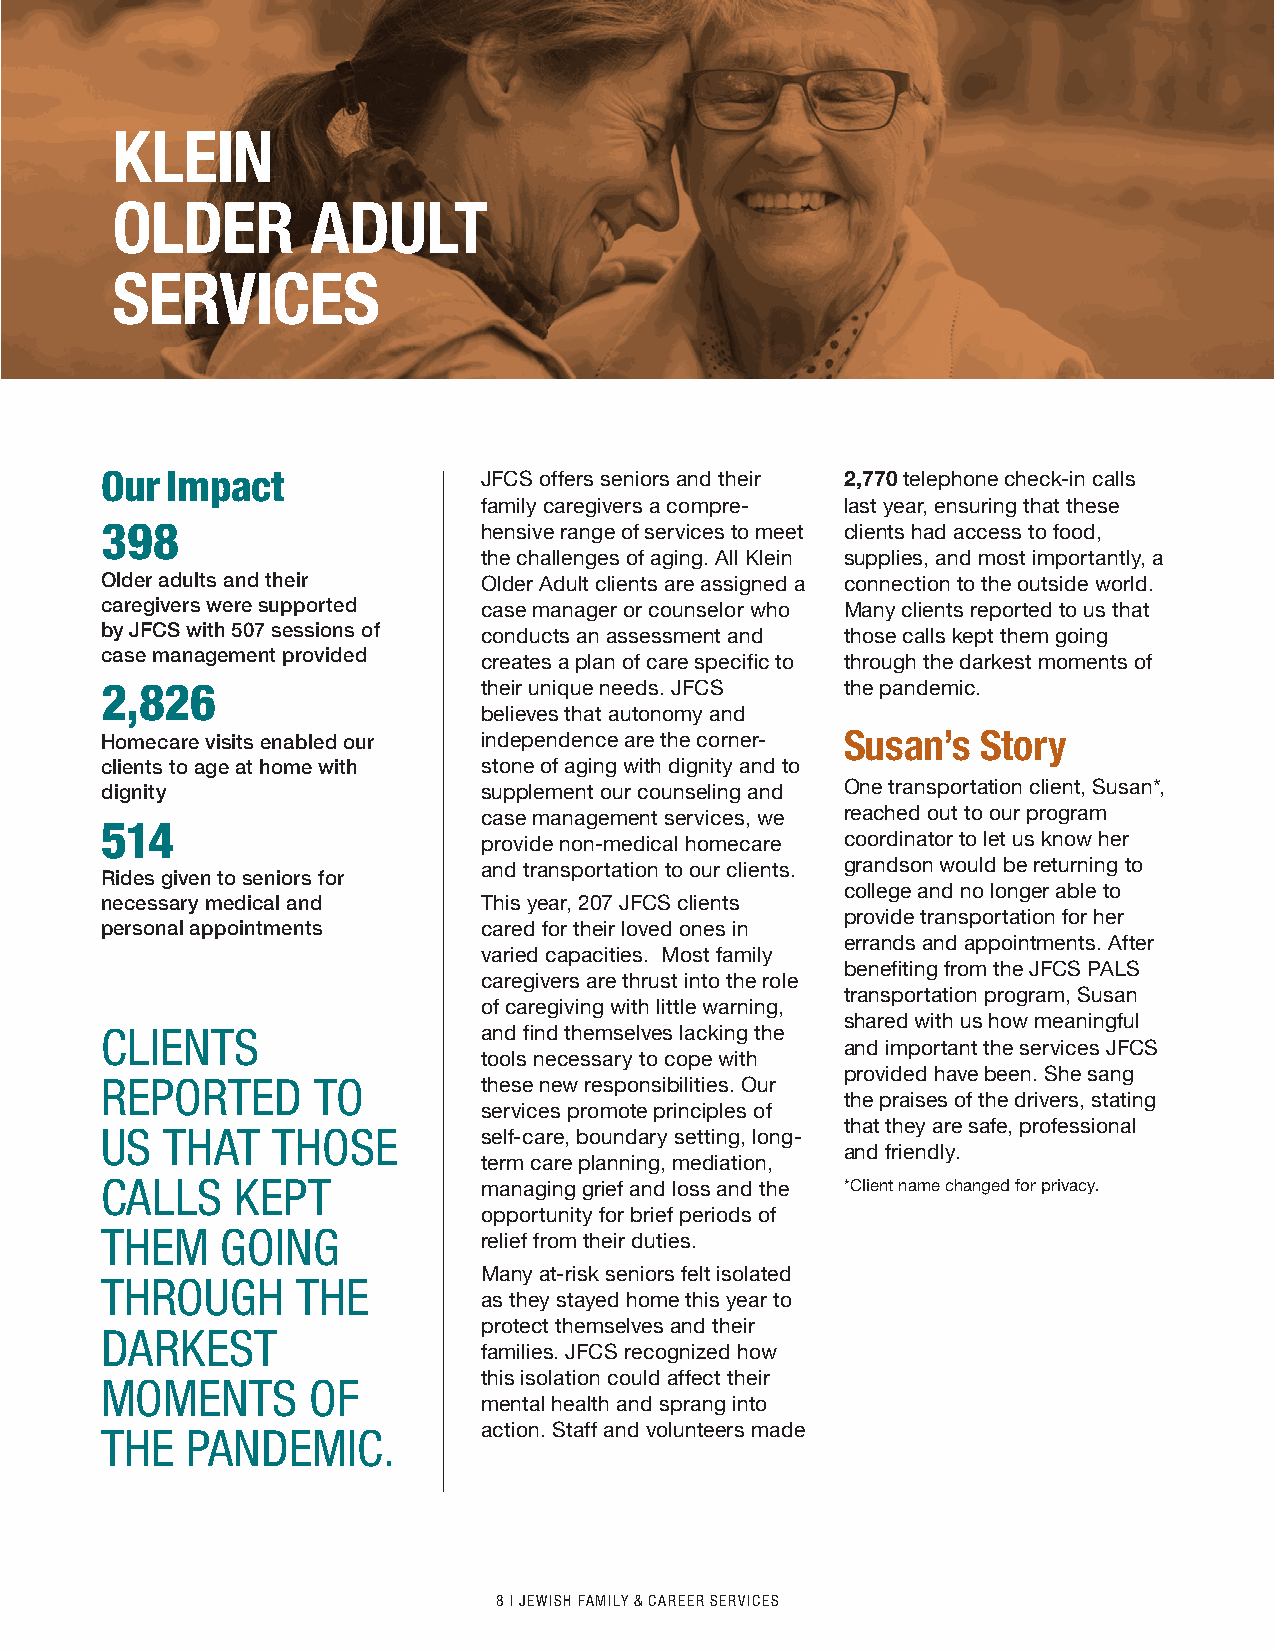
KLEIN
 OLDER         ADULT
 SERVICES
 Our Impact               JFCS offers seniors and their 2,770 telephone check-in calls
 family caregivers a compre- last year, ensuring that these
 398                      hensive range of services to meet clients had access to food,
 the challenges of aging. All Klein supplies, and most importantly, a
 Older adults and their   Older Adult clients are assigned a connection to the outside world.
 caregivers were supported case manager or counselor who Many clients reported to us that
 by JFCS with 507 sessions of conducts an assessment and those calls kept them going
 case management provided
 creates a plan of care specific to through the darkest moments of
 2,826                    their unique needs. JFCS the pandemic.
 believes that autonomy and
 Homecare visits enabled our independence are the corner- Susan’s Story
 clients to age at home with stone of aging with dignity and to
 dignity                  supplement our counseling and One transportation client, Susan*,
 case management services, we reached out to our program
 514
 provide non-medical homecare coordinator to let us know her
 and transportation to our clients. grandson would be returning to
 Rides given to seniors for
 college and no longer able to
 necessary medical and    This year, 207 JFCS clients
 provide transportation for her
 personal appointments    cared for their loved ones in
 errands and appointments. After
 varied capacities. Most family
 benefiting from the JFCS PALS
 caregivers are thrust into the role
 transportation program, Susan
 of caregiving with little warning,
 shared with us how meaningful
 CLIENTS                  and find themselves lacking the
 and important the services JFCS
 tools necessary to cope with
 provided have been. She sang
 REPORTED      TO         these new responsibilities. Our
 the praises of the drivers, stating
 services promote principles of
 that they are safe, professional
 US  THAT   THOSE         self-care, boundary setting, long-
 and friendly.
 term care planning, mediation,
 CALLS    KEPT            managing grief and loss and the *Client name changed for privacy.
 opportunity for brief periods of
 THEM    GOING            relief from their duties.
 Many at-risk seniors felt isolated
 THROUGH      THE
 as they stayed home this year to
 protect themselves and their
 DARKEST
 families. JFCS recognized how
 this isolation could affect their
 MOMENTS       OF
 mental health and sprang into
 THE  PANDEMIC.           action. Staff and volunteers made
 8 I JEWISH FAMILY & CAREER SERVICES